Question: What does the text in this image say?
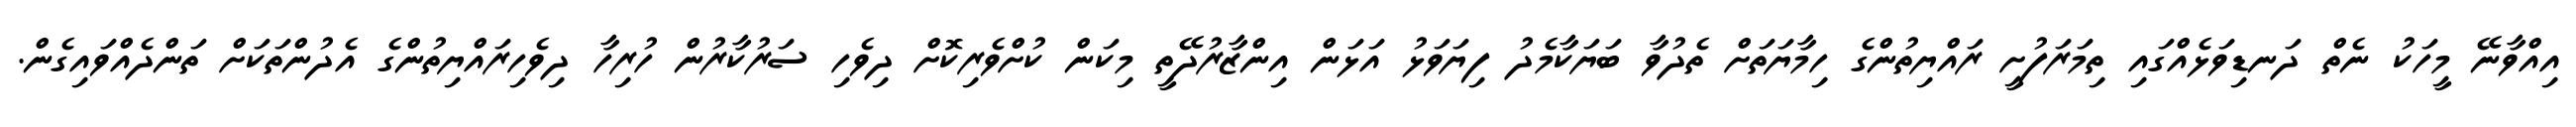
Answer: އިއްވާނޭ މީހަކު ނެތް ދަނޑިވަޅެއްގައި ތިމަރަފުށީ ރައްޔިތުންގެ ހިމާޔަތަށް ތެދުވާ ބަޔަކާމެދު ފިޔަވަޅު އަޅަން އިންޒާރުދޭތީ މިކަން ކުށްވެރިކޮށް ދިވެހި ސަރުކާރުން ހުރިހާ ދިވެހިރައްޔިތުންގެ އެދުންތަކަށް ތަންދެއްވައިގެން.